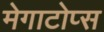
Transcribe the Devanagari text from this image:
मेगाटोप्स